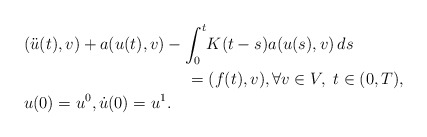
\begin{align*} &(\ddot u(t),v) + a(u(t),v) -\int_0^t\! K(t-s) a(u(s), v) \,ds \\ &\qquad\qquad\qquad\qquad\qquad = (f(t),v), \forall v \in V ,\ t\in (0,T),\\ &u(0)=u^0,\dot u(0)=u^1.\end{align*}